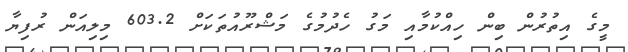
މީގެ އިތުރުން ބިން ހިއްކުމާއި މަގު ހެދުމުގެ މަޝްރޫއުތަކަށް 603.2 މިލިއަން ރުފިޔާ